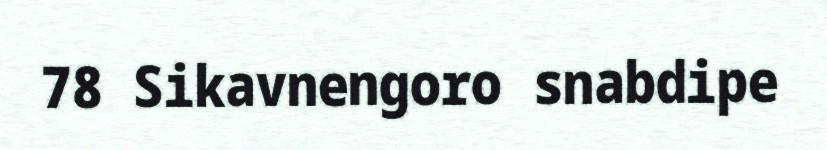
78 Sikavnengoro snabdipe